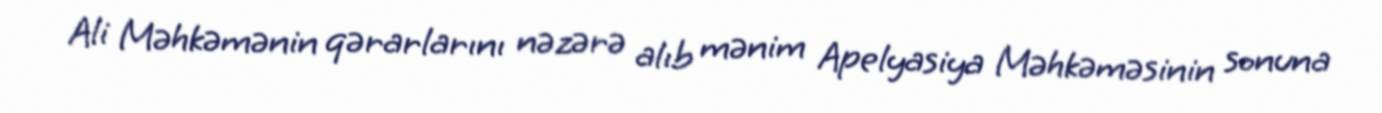
Ali Məhkəmənin qərarlarını nəzərə alıb mənim Apelyasiya Məhkəməsinin sonuna